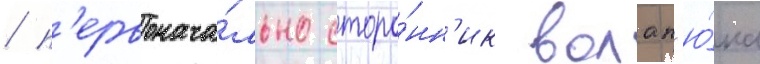
/ п'ервонача́льно сторо́нн'ик волап'ю́ка